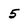
Character: 5